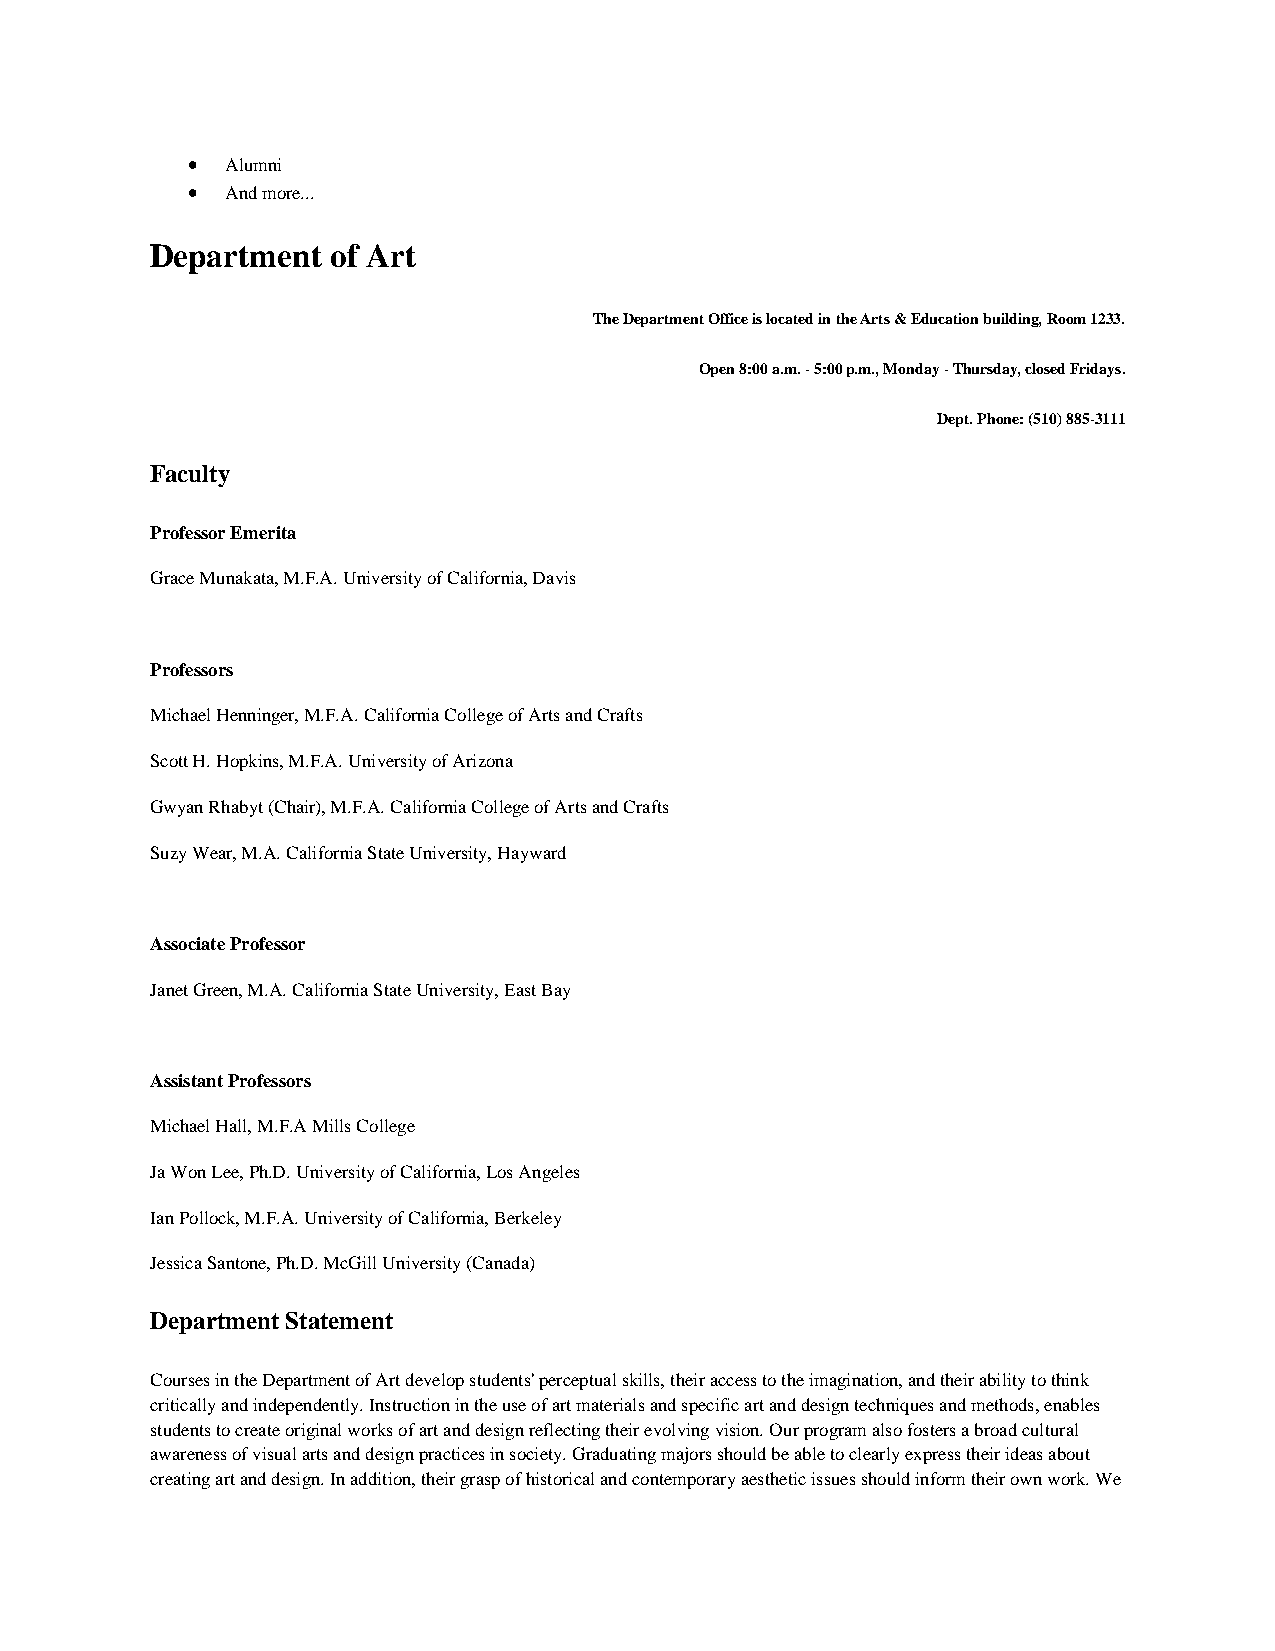
•  Alumni
 •  And more...
 Department  of Art
 The Department Office is located in the Arts & Education building, Room 1233.
 Open 8:00 a.m. - 5:00 p.m., Monday - Thursday, closed Fridays.
 Dept. Phone: (510) 885-3111
 Faculty
 Professor Emerita
 Grace Munakata, M.F.A. University of California, Davis
 Professors
 Michael Henninger, M.F.A. California College of Arts and Crafts
 Scott H. Hopkins, M.F.A. University of Arizona
 Gwyan Rhabyt (Chair), M.F.A. California College of Arts and Crafts
 Suzy Wear, M.A. California State University, Hayward
 Associate Professor
 Janet Green, M.A. California State University, East Bay
 Assistant Professors
 Michael Hall, M.F.A Mills College
 Ja Won Lee, Ph.D. University of California, Los Angeles
 Ian Pollock, M.F.A. University of California, Berkeley
 Jessica Santone, Ph.D. McGill University (Canada)
 Department Statement
 Courses in the Department of Art develop students' perceptual skills, their access to the imagination, and their ability to think
 critically and independently. Instruction in the use of art materials and specific art and design techniques and methods, enables
 students to create original works of art and design reflecting their evolving vision. Our program also fosters a broad cultural
 awareness of visual arts and design practices in society. Graduating majors should be able to clearly express their ideas about
 creating art and design. In addition, their grasp of historical and contemporary aesthetic issues should inform their own work. We